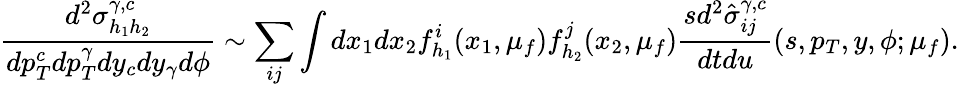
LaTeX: \frac{d^{2}\sigma_{h_{1}h_{2}}^{\gamma,c}}{dp_{T}^{c}dp_{T}^{\gamma}dy_{c}dy_{\gamma}d\phi}\sim\sum_{ij}\int dx_{1}dx_{2}f_{h_{1}}^{i}(x_{1},\mu_{f})f_{h_{2}}^{j}(x_{2},\mu_{f})\frac{sd^{2}\hat{\sigma}_{ij}^{\gamma,c}}{dtdu}(s,p_{T},y,\phi;\mu_{f}).